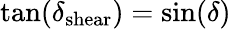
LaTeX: \tan(\delta_{\mathrm{shear}})=\sin(\delta)